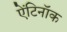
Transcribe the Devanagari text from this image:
ऐंटिनॉक